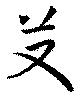
芆